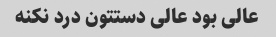
عالی بود عالی دستتون درد نکنه